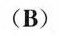
(B)